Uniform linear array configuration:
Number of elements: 12
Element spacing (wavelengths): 1
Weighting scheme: hamming
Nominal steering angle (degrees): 0
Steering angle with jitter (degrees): -0.5583
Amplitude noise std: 0.05
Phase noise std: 0.05

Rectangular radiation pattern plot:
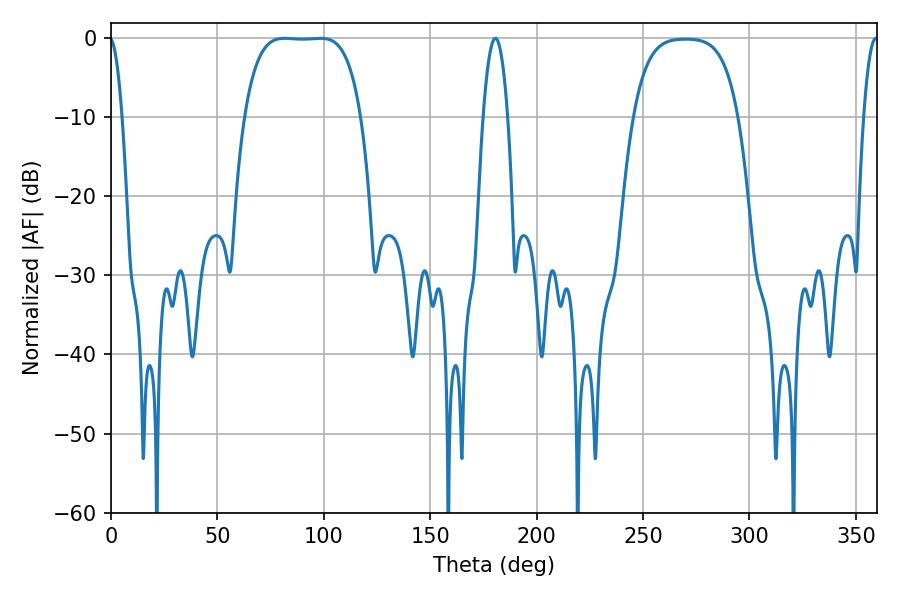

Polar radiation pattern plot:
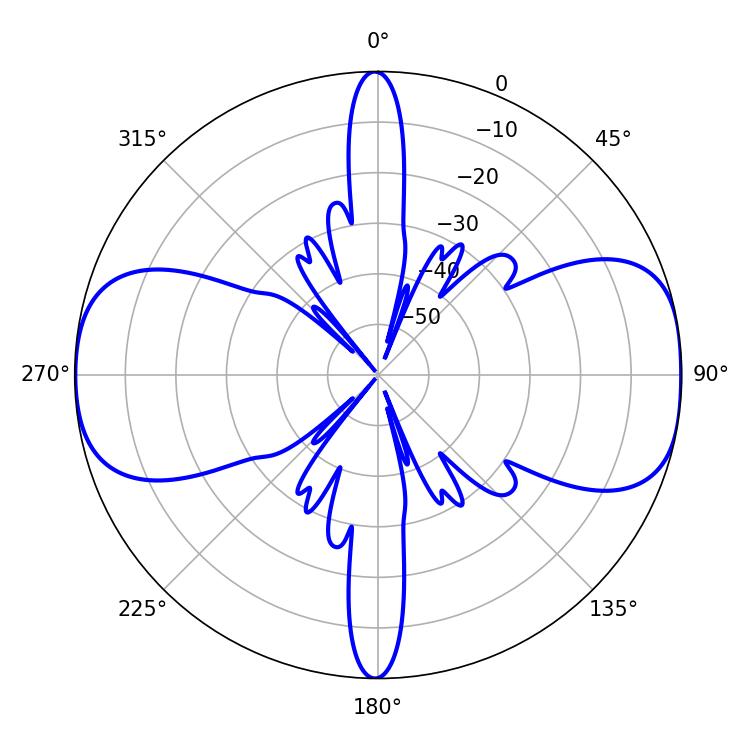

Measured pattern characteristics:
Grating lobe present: TRUE
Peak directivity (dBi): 11.798
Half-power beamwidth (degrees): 42.12
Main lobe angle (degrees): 81.54